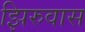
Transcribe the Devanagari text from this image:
झिरुवास